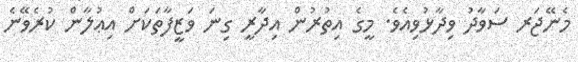
މެނޭޖަރ ސަވާދު ވިދާޅުވިއެވެ. މީގެ އިތުރުން އިދާރީ ގިނަ ވަޒީފާތަކަށް އިޢުލާން ކުރެވޭނެ